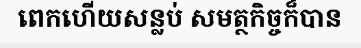
ពេកហើយសន្លប់ សមត្ថកិច្ចក៏បាន